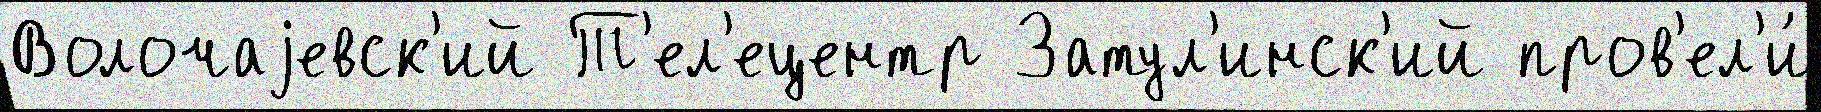
Волочаjевск'ий Т'ел'ецентр Затул'инск'ий пров'ел'и́